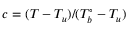
c = ( T - T _ { u } ) / ( T _ { b } ^ { \circ } - T _ { u } )